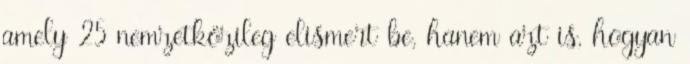
amely 25 nemzetközileg elismert be, hanem azt is, hogyan